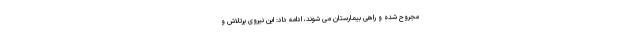
مجروح شده و راهی بیمارستان می شوند، ادامه داد: این نیروی پرتلاش و